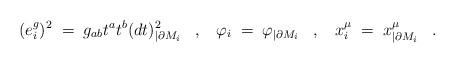
\begin{align*} (e^g_{i})^2\; =\; g_{ab}t^at^b(dt)^2_{|\partial M_i}\;\;\;,\;\;\; \varphi_i \;=\; \varphi_{|\partial M_i}\;\;\;, \;\;\; x^{\mu}_i \;= \; x^{\mu}_{|\partial M_i}\;\;\;.\end{align*}